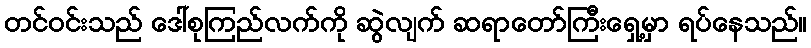
တင်ဝင်းသည် ဒေါ်စုကြည်လက်ကို ဆွဲလျက် ဆရာတော်ကြီးရှေ့မှာ ရပ်နေသည်။